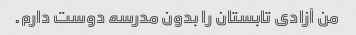
من آزادی تابستان را بدون مدرسه دوست دارم.